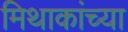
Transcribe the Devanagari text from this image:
मिथाकांच्या